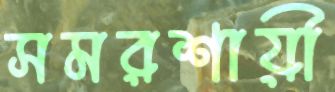
সমরশায়ী